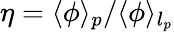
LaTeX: \eta={\langle\phi\rangle_{p}}/{\langle\phi\rangle_{l_{p}}}